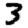
Digit: 3